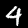
Label: 4